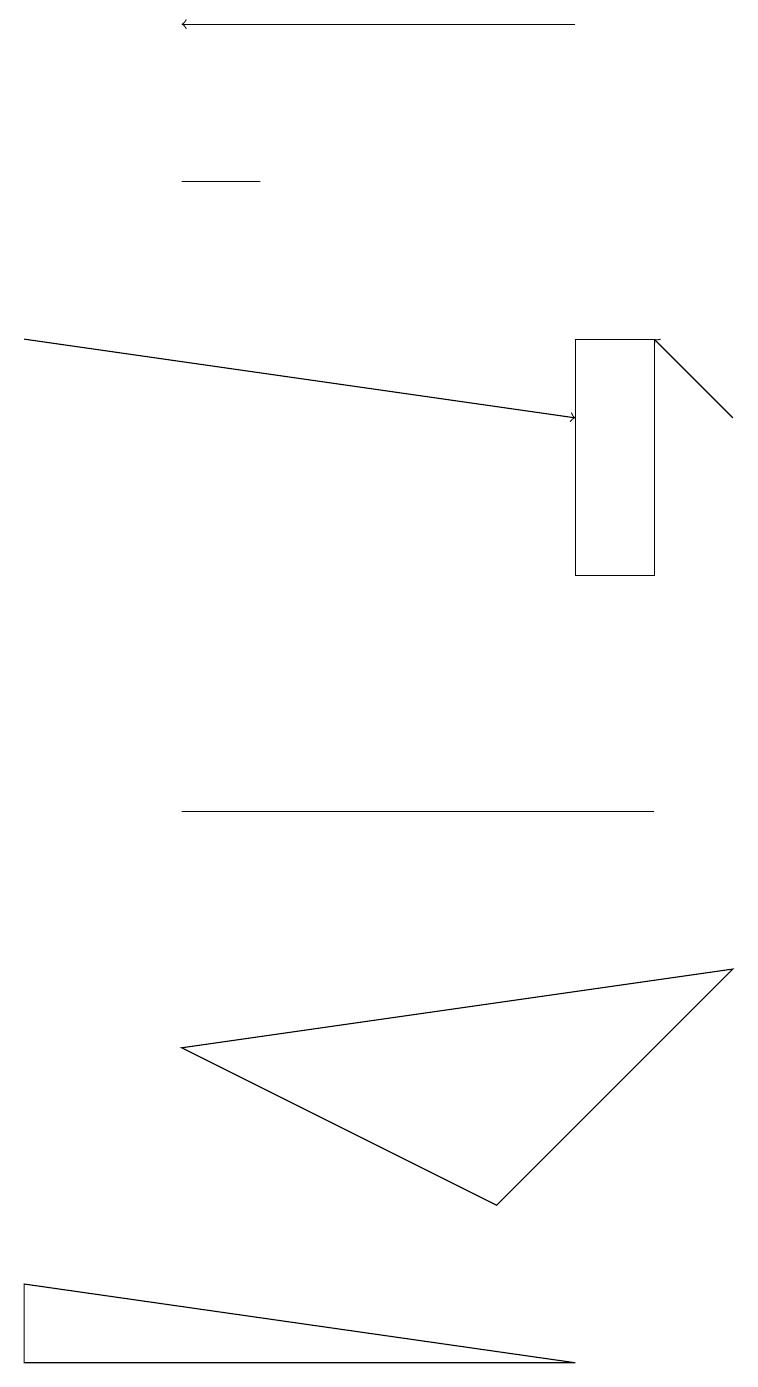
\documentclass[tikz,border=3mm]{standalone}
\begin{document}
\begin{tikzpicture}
\draw (8,7) -- (2,7) -- (7,7) -- cycle;
\draw (7,13) rectangle (8,10);
\draw (2,4) -- (6,2) -- (9,5) -- cycle;
\draw (7,0) -- (0,1) -- (0,0) -- cycle;
\draw (2,15) rectangle (3,15);
\draw[->] (9,12) -- (8,13);
\draw[->] (7,17) -- (2,17);
\draw[->] (0,13) -- (7,12);
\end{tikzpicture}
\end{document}